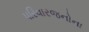
પરિવારજનોના